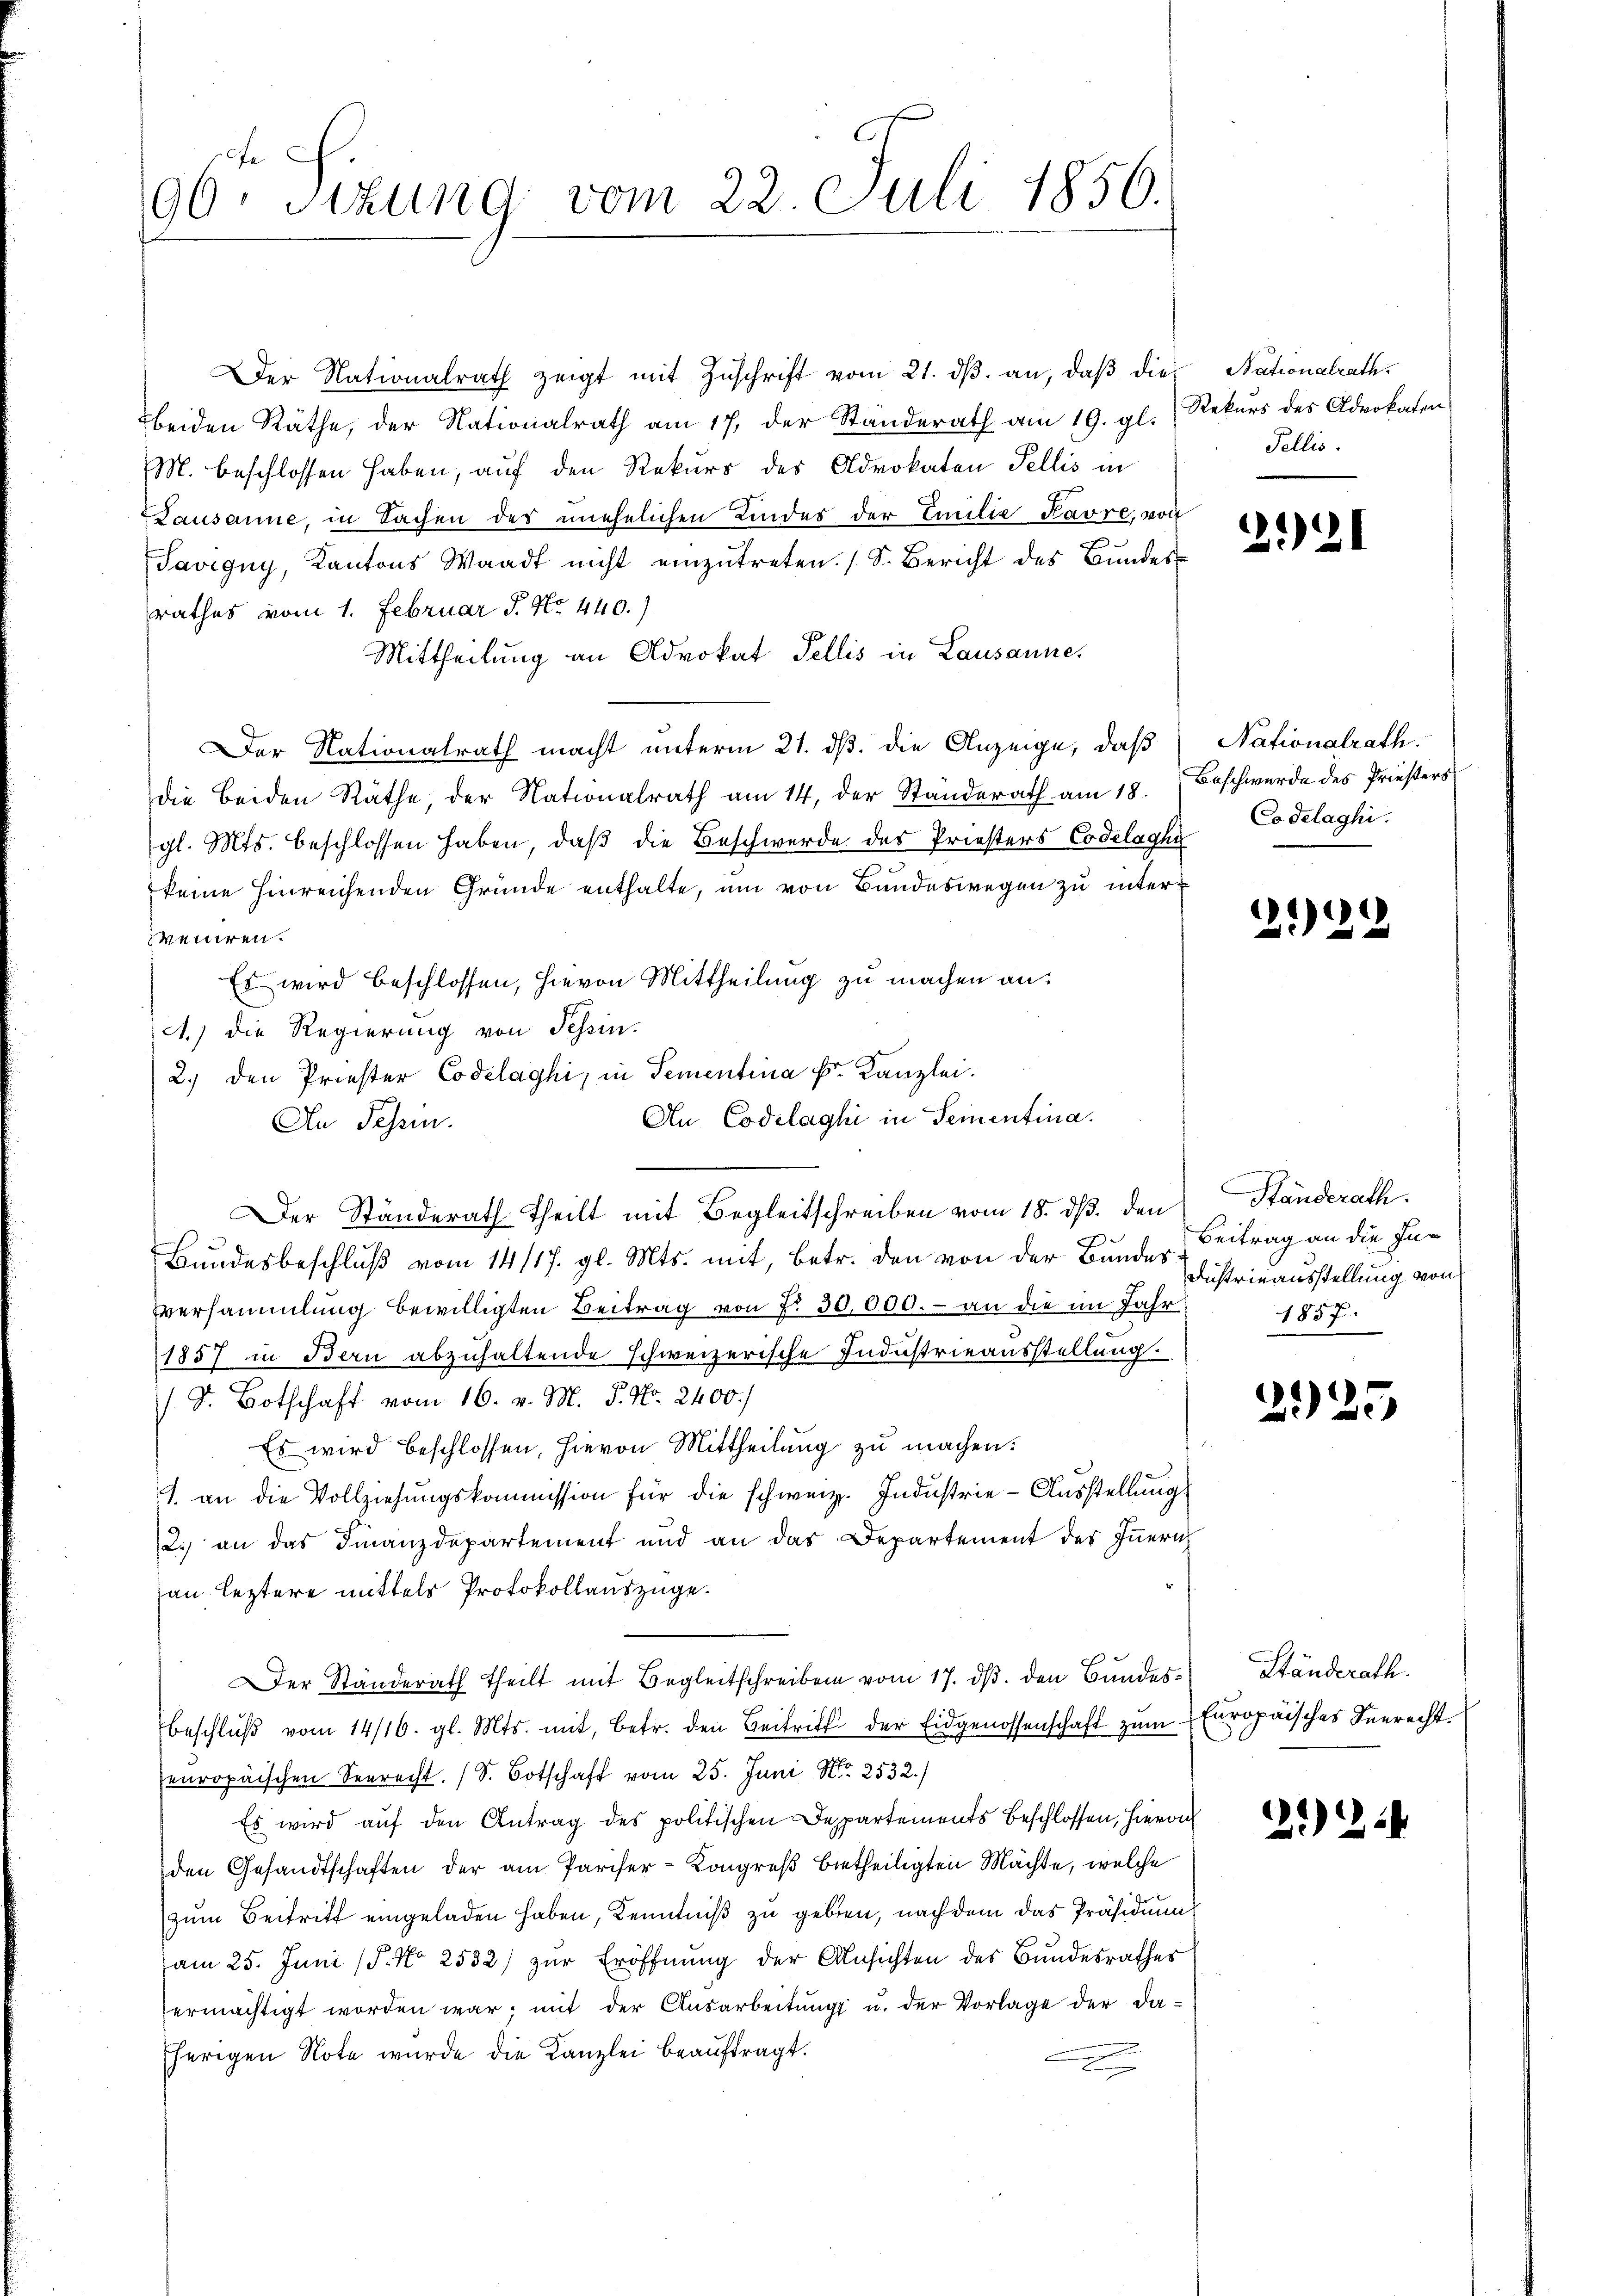
fe
96. Situng vom 22. Juli 1850.

Der Nationalrath zeigt mit Zŭschrift vom 21. dβ. an, daβ die
beiden Räthe, der Nationalrath am 17. der Standerath am 19. gl.
M. beschlossen haben, auf den Rekurs des Advokaten Fellis in
Dausanne, in Sachen des unehelichen Kindes der Emilie Favre, von
Savigny, Kantons Waadt nicht einzŭtreten. (S. Bericht des Bŭndes
rathes vom 1. Februar J. No. 440.)
Mittheilung an Advokat Fellis in Lausanne,
Der Nationalrath macht unterm 21. ds. die Anzeige, daß
die beiden Räthe, der Nationalrath am 14. der Standerath am 18.
gl. Mts. beschlossen haben, daß die Beschwerde des Priesters Codelaghi
7
keine hinreichenden Gründe enthalte, um von Bundeswegen zu interveniren.
Es wird beschlossen, hievon Mittheilung zu machen an:
A.) Die Regierung von Tessin.
2.) den Priester Codelaghi, in Tementina Fr. Kanzlei.
An Codelaghi in Seinentina.
An dessen.
Der Ständerath theilt mit Begleitschreiben vom 18. dβ. den Ständerath
Bundesbeschluß vom 14/17. gl. Mts. mit, betr. den von der Bunder Beitrag an die In¬
Versammlung bewilligten Beitrag von 7. 30,000.- an die im Jahr
1857 in Bern abzuhaltende schweizerische Industrieausstellung
(S. Botschaft vom 16. v. M. J. No. 2400.
Es wird beschlossen, hievon Mittheilung zu machen:
1. an die Vollziehŭngskommission für die schweiz. Industrie-Ausstellung
2.) an das Finanzdepartement und an das Departement des Innern
an leztere mittels Protokollauszüge.
Der Ständerath theilt mit Begleitschreiben vom 17. ds. den Bundes¬
Beschluß vom 14/16. gl. Mts. mit, betr. den Beitritt der Eidgenossenschaft zum
europäischen Seerecht. (S. Botschaft vom 25. Juni N. 2532.)
Es wird aŭf den Antrag des politischen Departements beschlossen, hievon
den Gesandtschaften der am Pariser-Kongreß bietheiligten Mächte, welche
zum Beitritt eingeladen haben, Kenntniß zu geben, nach dem das Präsidium
am 25. Juni (§. No 2532) zŭr Eröffnŭng der Ansichten des Bundesrathes
ermächtigt worden war; mit der Ausarbeitung u. der Vorlage der daherigen Note wurde die Kanzlei beauftragt.
.

Nationalrath
Rekurs des Advokaten
Fellis.

2021

Nationalrath.
Beschwerde des Priesters
Co delaghi.

222

Dustrieausstellung von
1857.

29) 25

Ständerath.
Europaisches Seerecht.

22.2.